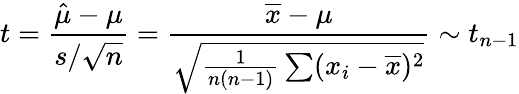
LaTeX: t={\frac{{\hat{\mu}}-\mu}{s/{\sqrt{n}}}}={\frac{{\overline{{x}}}-\mu}{\sqrt{{\frac{1}{n(n-1)}}\sum(x_{i}-{\overline{{x}}})^{2}}}}\sim t_{n-1}